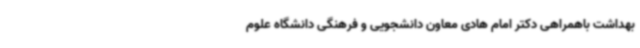
بهداشت باهمراهی دکتر امام هادی معاون دانشجویی و فرهنگی دانشگاه علوم